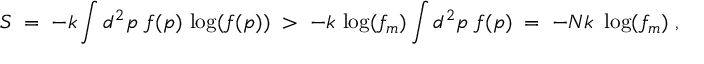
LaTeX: S \; = \; - k \int d ^ { 2 } p \; f ( p ) \, \log ( f ( p ) ) \; > \; - k \, \log ( f _ { m } ) \int d ^ { 2 } p \; f ( p ) \; = \; - N k \, \, \log ( f _ { m } ) \; ,